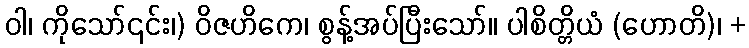
ဝါ၊ ကိုသော်၎င်း၊) ဝိဇဟိကေ၊ စွန့်အပ်ပြီးသော်။ ပါစိတ္တိယံ (ဟောတိ)၊ +